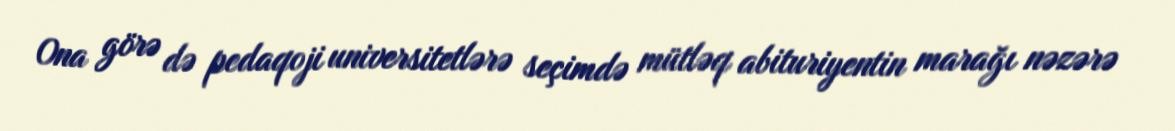
Ona görə də pedaqoji universitetlərə seçimdə mütləq abituriyentin marağı nəzərə